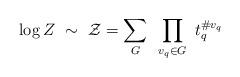
LaTeX: \begin{align*}\log Z~\sim~{\cal Z}=\sum_{G}~\prod_{v_q \in G}~t_q^{\# v_q}\end{align*}